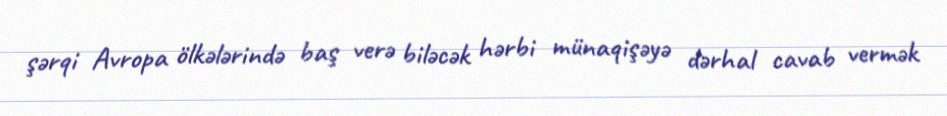
şərqi Avropa ölkələrində baş verə biləcək hərbi münaqişəyə dərhal cavab vermək